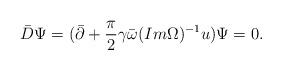
LaTeX: \begin{align*}\bar D \Psi =(\bar \partial +{\pi\over 2}\gamma \bar \omega (Im \Omega )^{-1}u )\Psi=0.\end{align*}